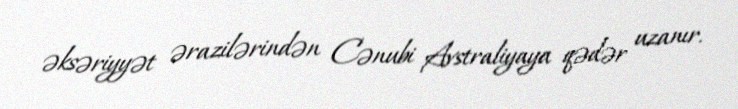
əksəriyyət ərazilərindən Cənubi Avstraliyaya qədər uzanır.